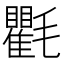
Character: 氍